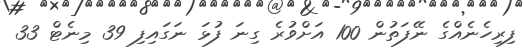
ފިރިހެނެއްގެ ނޭފަތުން 100 އަށްވުރެ ގިނަ ފުޅަ ނަގައިފި 39 މިނެޓް 33